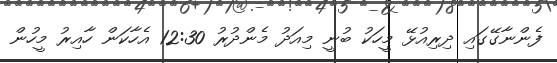
ފެންނާގޭގައި ދިރިއުޅޭ މީހަކު ބުނީ މިއަދު މެންދުރު 12:30 އެހާކަން ހާއިރު މީހުން